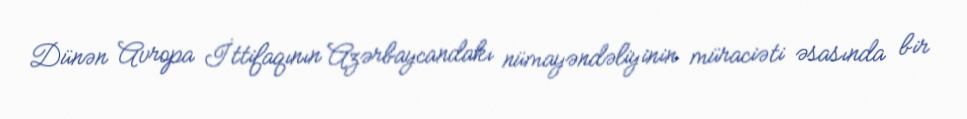
Dünən Avropa İttifaqının Azərbaycandakı nümayəndəliyinin müraciəti əsasında bir